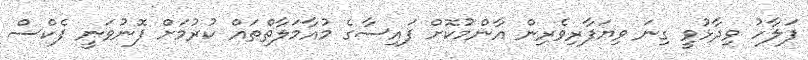
ފަލާހު ވިދާޅުވީ ގިނަ ވިޔަފާރިވެރިން އާންމުކޮށް ފައިސާގެ މުއާމަލާތްތައް ކުރުމަށް ފޮނުވަނީ ފެކްސް